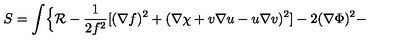
S = \int \Bigl \{ { \cal R } - \frac { 1 } { 2 f ^ { 2 } } [ ( \nabla f ) ^ { 2 } + ( \nabla \chi + v \nabla u - u \nabla v ) ^ { 2 } ] - 2 ( \nabla \Phi ) ^ { 2 } -